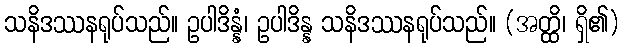
သနိဒဿနရုပ်သည်။ ဥပါဒိန္နံ၊ ဥပါဒိန္န သနိဒဿနရုပ်သည်။ (အတ္ထိ၊ ရှိ၏)